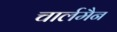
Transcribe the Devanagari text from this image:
चार्लमैन